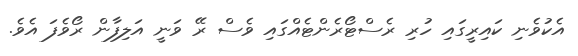
އެކުވެނި ކައިރީގައި ހުރި ރެސްޓޯރެންޓެއްގައި ވެސް ރޭ ވަނީ އަލިފާން ރޯވެފަ އެވެ.